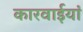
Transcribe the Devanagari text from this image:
कारवाईयां